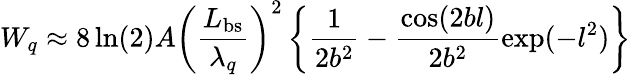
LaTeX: W_{q}\approx 8\ln(2)A\left(\frac{L_{\mathrm{bs}}}{\lambda_{q}}\right)^{2}\left\{ \frac{1}{2b^{2}}-\frac{\cos(2bl)}{2b^{2}}\exp(-l^{2})\right\}